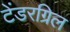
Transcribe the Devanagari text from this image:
टेंडरग्रिल